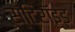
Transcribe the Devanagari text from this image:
स्टिरॉइड